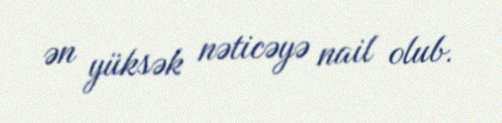
ən yüksək nəticəyə nail olub.